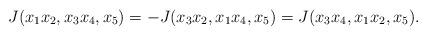
LaTeX: \begin{align*}J(x_{1}x_{2},x_{3}x_{4},x_{5})=-J(x_{3}x_{2},x_{1}x_{4},x_{5})=J(x_{3}x_{4},x_{1}x_{2},x_{5}).\end{align*}